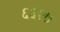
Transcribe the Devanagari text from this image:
६६२७